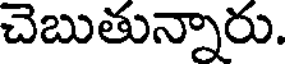
చెబుతున్నారు.